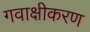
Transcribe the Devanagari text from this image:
गवाक्षीकरण